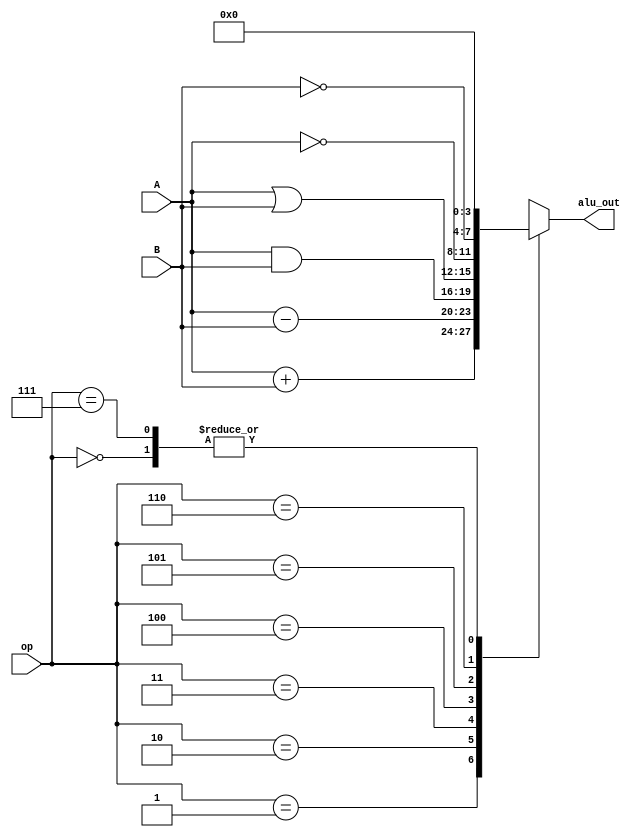
`timescale 1ns / 1ps

module ALU(A,B,op,alu_out);
input [3:0]A,B;
input [2:0]op;
output reg [3:0]alu_out;
always@(*)
begin
    case(op)
        3'b000:alu_out = 0;
        3'b001:alu_out = A+B;
        3'b010:alu_out = A - B;
        3'b011:alu_out = A & B;
        3'b100:alu_out = A | B;
        3'b101:alu_out = ~A;
        3'b110:alu_out = ~B;
        3'b111:alu_out = 0;
        default:alu_out = 0;
    endcase
end
endmodule